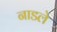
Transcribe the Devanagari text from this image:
नाडले